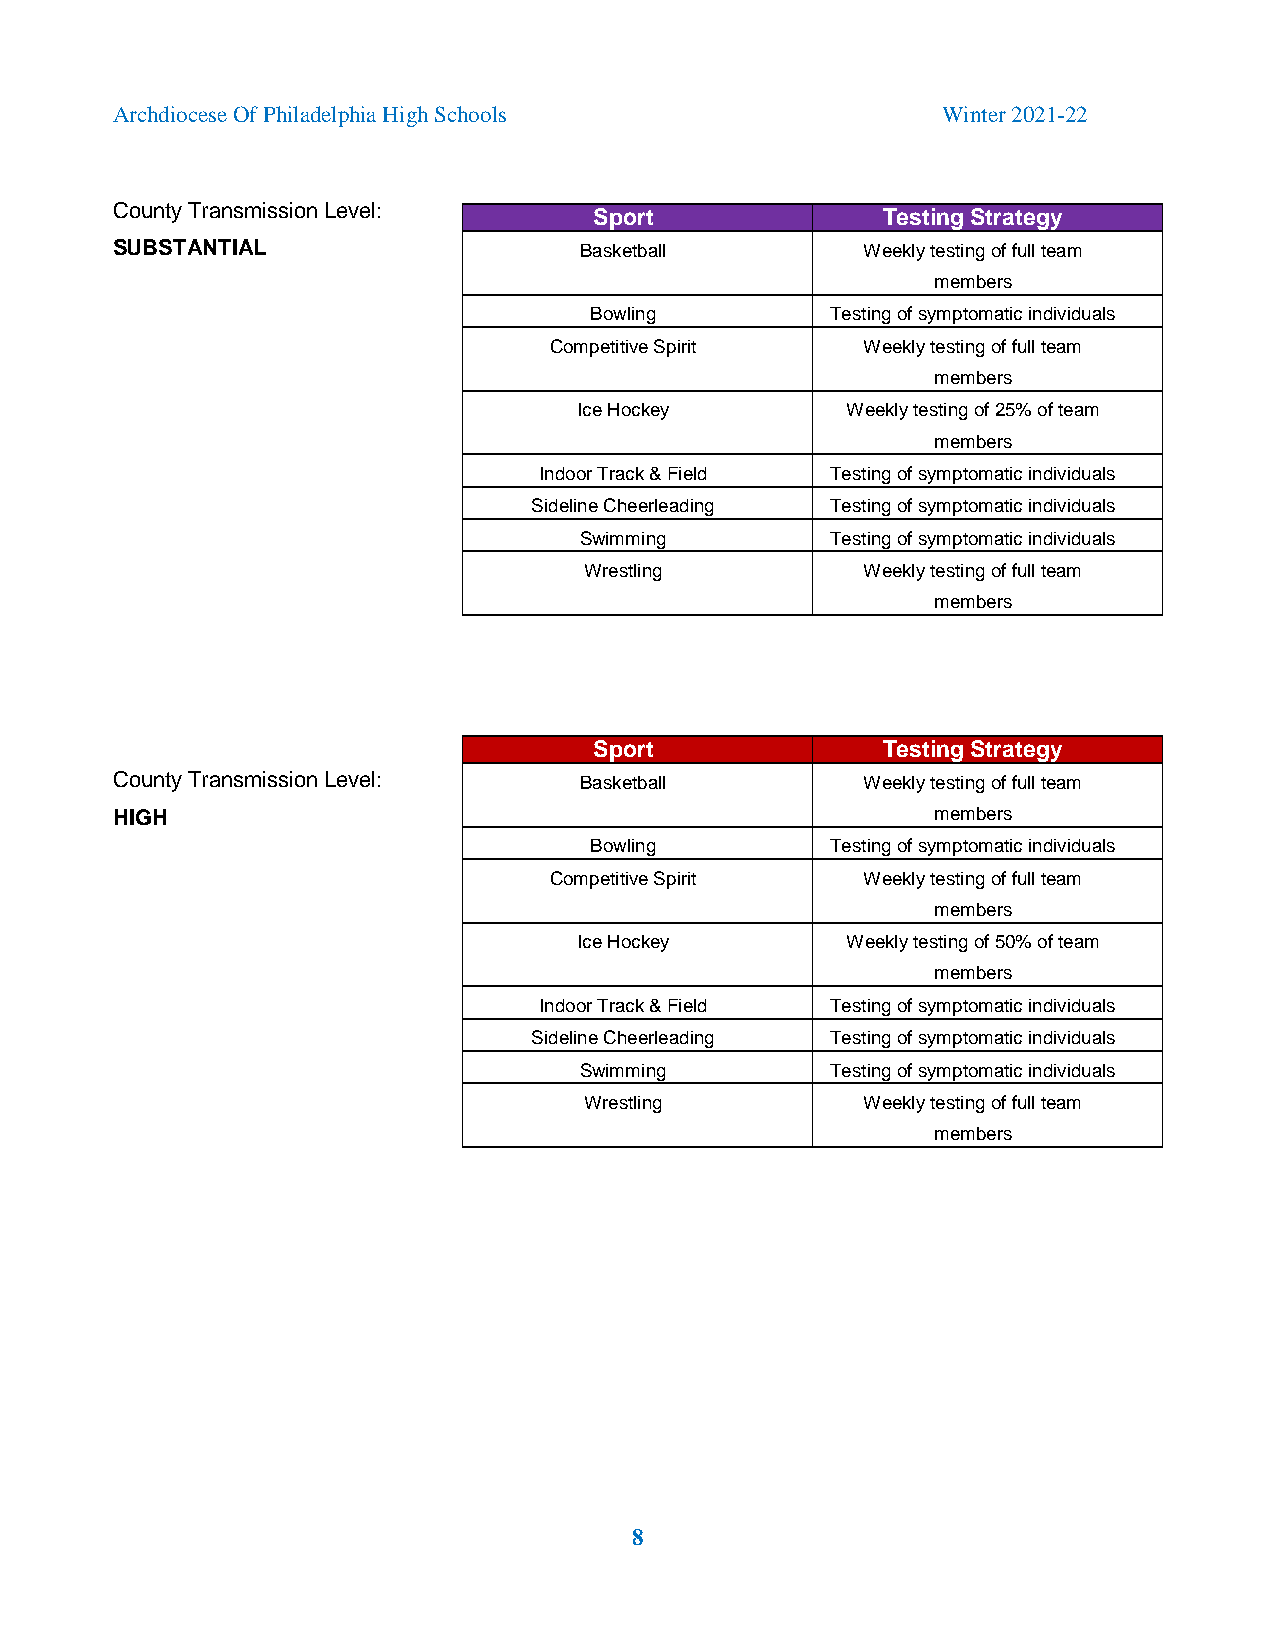
Archdiocese Of Philadelphia High Schools               Winter 2021-22
 County Transmission Level:
 Sport              Testing Strategy
 SUBSTANTIAL                    Basketball         Weekly testing of full team
 members
 Bowling         Testing of symptomatic individuals
 Competitive Spirit   Weekly testing of full team
 members
 Ice Hockey        Weekly testing of 25% of team
 members
 Indoor Track & Field Testing of symptomatic individuals
 Sideline Cheerleading Testing of symptomatic individuals
 Swimming         Testing of symptomatic individuals
 Wrestling         Weekly testing of full team
 members
 Sport              Testing Strategy
 County Transmission Level:     Basketball         Weekly testing of full team
 HIGH                                                   members
 Bowling         Testing of symptomatic individuals
 Competitive Spirit   Weekly testing of full team
 members
 Ice Hockey        Weekly testing of 50% of team
 members
 Indoor Track & Field Testing of symptomatic individuals
 Sideline Cheerleading Testing of symptomatic individuals
 Swimming         Testing of symptomatic individuals
 Wrestling         Weekly testing of full team
 members
 8